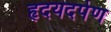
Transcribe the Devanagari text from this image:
हृदयदर्पण